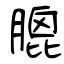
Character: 膍